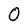
Character: 0